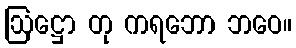
ဩဋ္ဌော တု ကရဘော ဘဝေ။